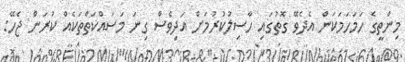
މިންތީގެ ހަމަހަމަކަން އެދެވޭ ގޮތުގައި ހާސިލުކުރުމަށް އަދިވެސް ގިނަ މަސައްކަތްތަކެއް ކުރަން ޖެހޭ: